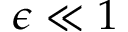
\epsilon \ll 1